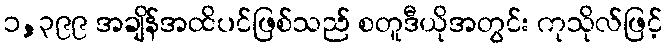
၁,၃၉၉ အချိန်အထိပင်ဖြစ်သည် စတူဒီယိုအတွင်း ကုသိုလ်ဖြင့်